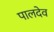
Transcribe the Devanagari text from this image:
पालदेव